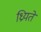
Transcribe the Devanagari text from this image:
ध्रियते